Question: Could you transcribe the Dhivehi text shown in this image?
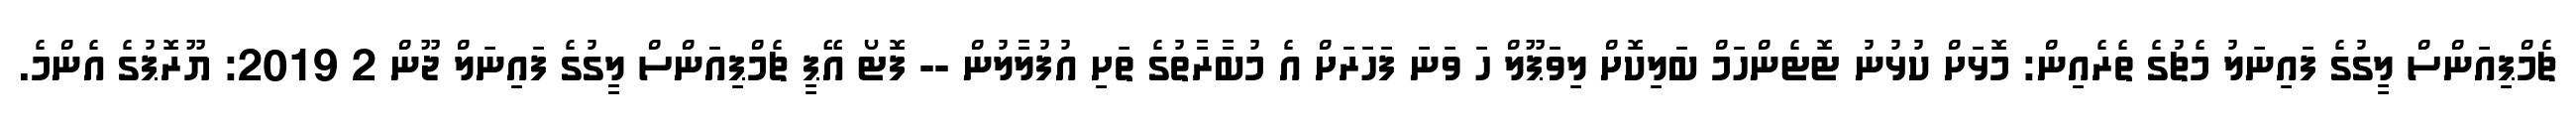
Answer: ޗެމްޕިއަންސް ލީގުގެ ފައިނަލު މެޗުގެ ތެރެއިން: މޮޅަށް ކުޅުނު ޓޮޓެންހަމް ބަލިކޮށް ލިވަޕޫލް ހަ ވަނަ ފަހަރަށް އެ މުބާރާތުގެ ތަށި އުފުލާލުން -- ފޮޓޯ އޭޕީ ޗެމްޕިއަންސް ލީގުގެ ފައިނަލް ޖޫން 2 2019: ޔޫރޮޕުގެ އެންމެ.